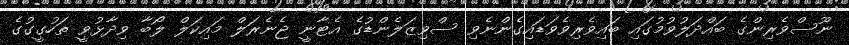
ނޫސްވެރިންގެ ބައްދަލުވުމުގައި ބައިވެރިވެވަޑައިގެންނެވި ސްވިޒަލެންޑުގެ އެޓާނީ ޖެނެރަލް މައިކަލް ލޯބާ ވިދާޅުވީ ތަހުގީގުގެ